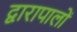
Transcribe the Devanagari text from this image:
द्वारापालों